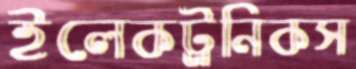
ইলেকট্র্রনিকস